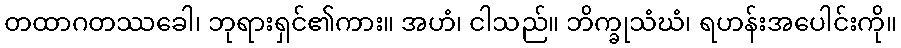
တထာဂတဿခေါ၊ ဘုရားရှင်၏ကား။ အဟံ၊ ငါသည်။ ဘိက္ခုသံဃံ၊ ရဟန်းအပေါင်းကို။